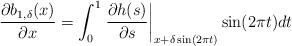
LaTeX: \begin{align*}\dfrac{\partial b_{1,\delta}(x)}{\partial x} = \int_{0}^{1} \left.\dfrac{\partial h(s)}{\partial s}\right|_{x+\delta\sin(2\pi t)}\sin(2\pi t) dt\end{align*}